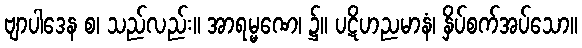
ဗျာပါဒေန စ၊ သည်လည်း။ အာရမ္မဏေ၊ ၌။ ပဋိဟညမာနံ၊ နှိပ်စက်အပ်သော။